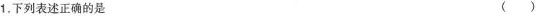
1.下列表述正确的是 （）